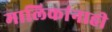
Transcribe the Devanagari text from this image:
मालिकांनाही